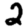
Digit: 2